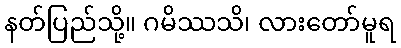
နတ်ပြည်သို့။ ဂမိဿသိ၊ လားတော်မူရ